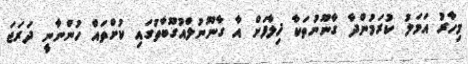
މިހާރު އަމަލު ކުރަމުންދާ ގާނޫނުތަކާ ޚިލާފަށް އާ ގާނޫނުލްއުގޫބާތުގައި ކުށްތައް ހުންނާނީ ދަރަޖަ